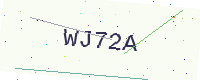
Text: WJ72A